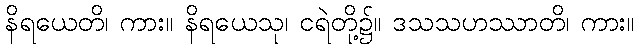
နိရယေတိ၊ ကား။ နိရယေသု၊ ငရဲတို့၌။ ဒသသဟဿာတိ၊ ကား။